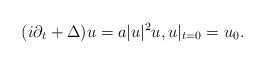
LaTeX: \begin{align*}(i\partial_t + \Delta)u = a|u|^2 u, u|_{t=0}=u_0.\end{align*}